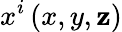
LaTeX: x^{i}\left(x,y,\mathbf{z}\right)